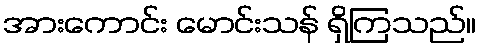
အားကောင်း မောင်းသန် ရှိကြသည်။